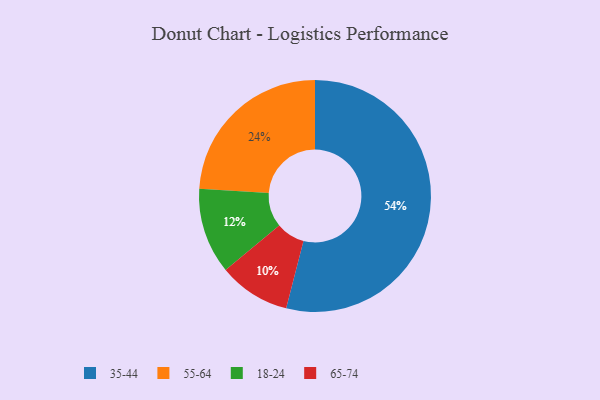
{"axis": {"x": "Category", "y": "Percentage"}, "legend": ["18-24", "35-44", "55-64", "65-74"], "data": [{"x": "35-44", "y": 54, "type": "35-44"}, {"x": "18-24", "y": 12, "type": "18-24"}, {"x": "65-74", "y": 10, "type": "65-74"}, {"x": "55-64", "y": 24, "type": "55-64"}]}